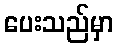
ပေးသည်မှာ